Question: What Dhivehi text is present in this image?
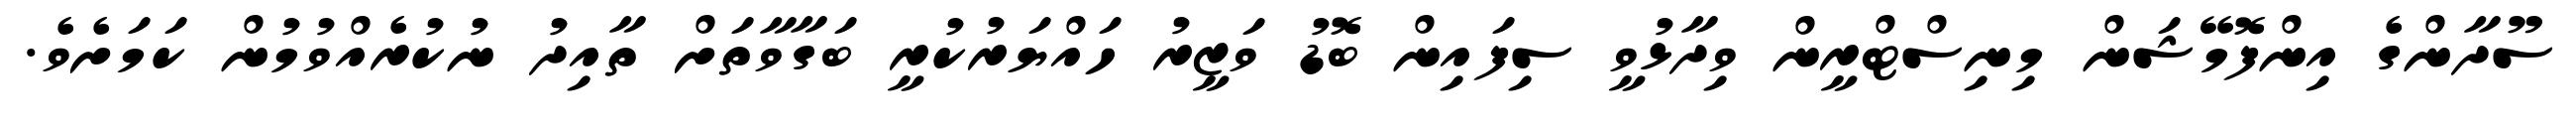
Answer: ސޫދާންގެ އިންފޮމޭޝަން މިނިސްޓްރީން ވިދާޅުވީ ސިފައިން ބޮޑު ވަޒީރު ހައްޔަރުކުރީ ބަގާވާތަށް ތާއިދު ނުކުރެއްވުމުން ކަމަށެވެ.